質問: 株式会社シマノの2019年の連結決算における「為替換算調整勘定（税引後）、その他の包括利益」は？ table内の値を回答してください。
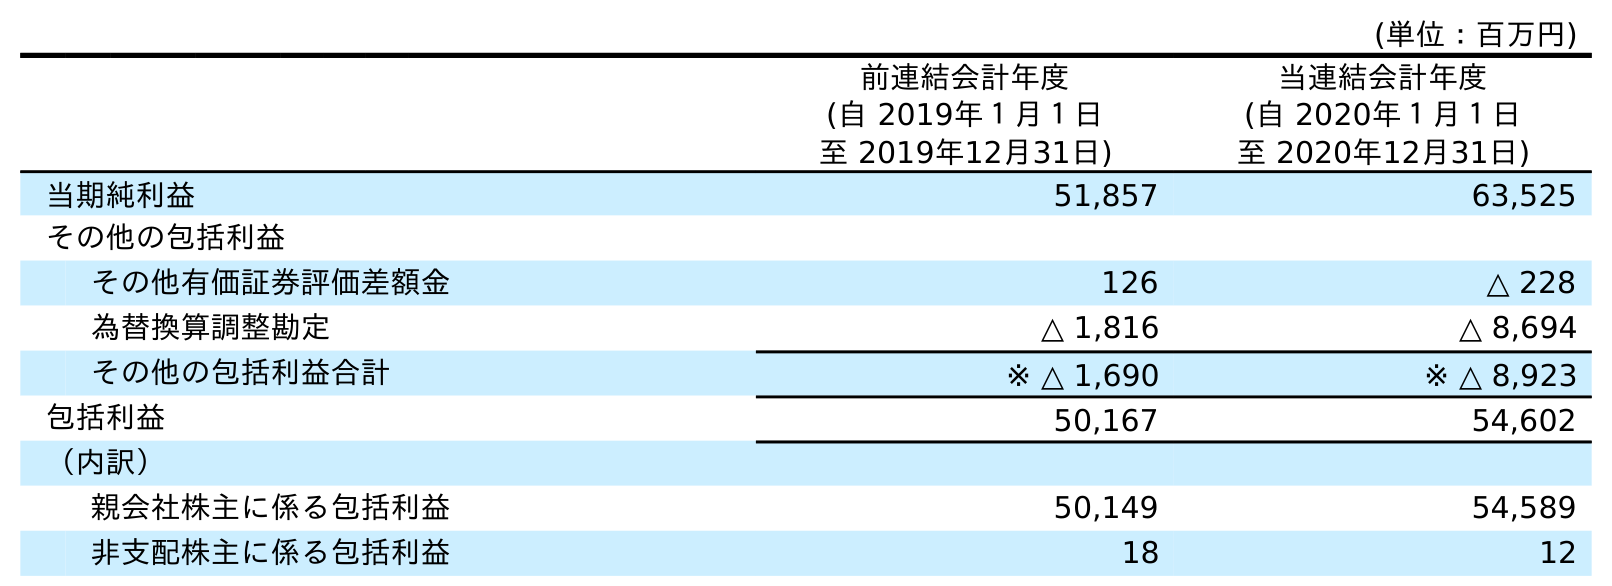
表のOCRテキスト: (単位：百万円) 前連結会計年度 (自 2019年１月１日 至 2019年12月31日) 当連結会計年度 (自 2020年１月１日 至 2020年12月31日) 当期純利益 51,857 63,525 その他の包括利益 その他有価証券評価差額金 126 △ 228 為替換算調整勘定 △ 1,816 △ 8,694 その他の包括利益合計 ※ △ 1,690 ※ △ 8,923 包括利益 50,167 54,602 （内訳） 親会社株主に係る包括利益 50,149 54,589 非支配株主に係る包括利益 18 12
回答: △1,816